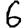
Digit: 6